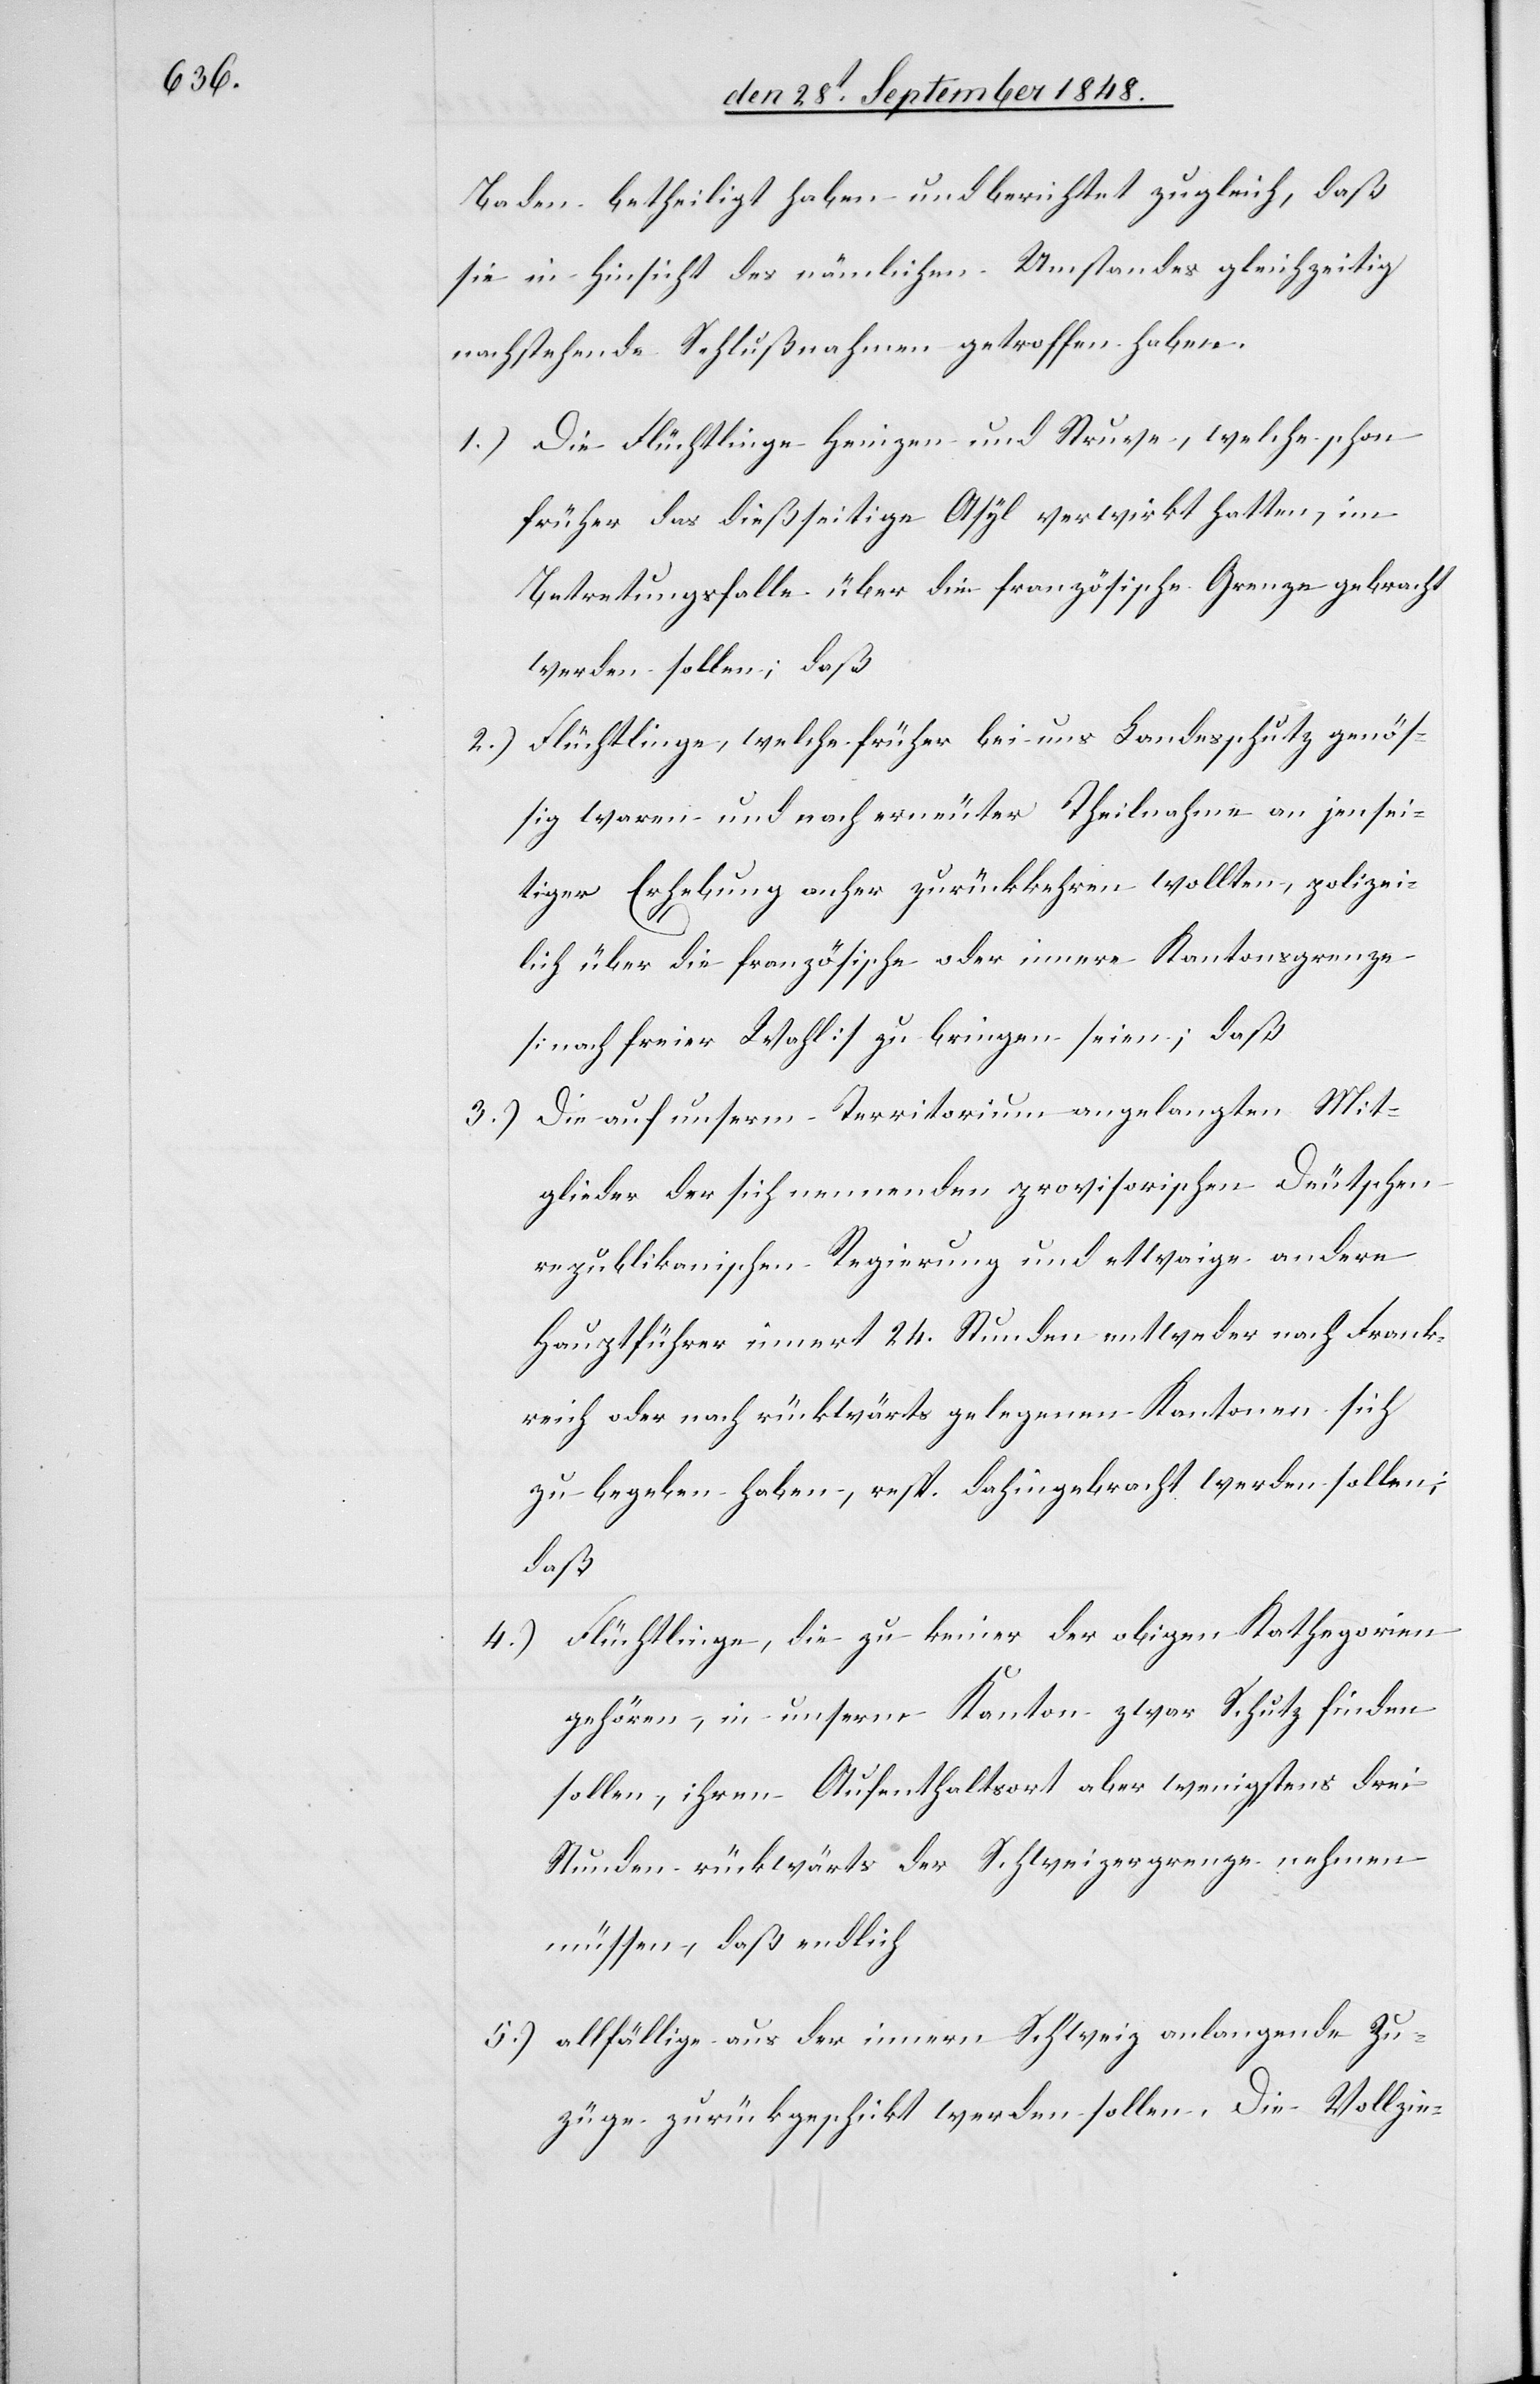
Baden betheiligt haben und berichtet zugleich, daß
sie in Hinsicht des nämlichen Umstandes gleichzeitig
nachstehende Schlußnahmen getroffen haben.
1.) Die Flüchtlinge Heinzen und Struese, welche schon
früher das dießseitige Asyl verwirkt hatten, im
Betretungsfalle über die französische Grenze gebracht
werden sollen, daß
2.) Flüchtlinge, welche früher bei uns Landesschutz genös¬
sig waren und nach erneuter Theilnahme an jensei¬
tiger Erhebung anher zurückkehren wollten, polizei¬
lich über die französische oder innere Kantonsgrenze
[nach freier Wahl] zu bringen seien, daß
3.) Die auf unserm Territorium angelangten Mit¬
glieder der sich nennenden provisorischen Deutschen
republikanischen Regierung und etwaige andere
Hauptführer innert 24. Stunden entweder nach Frank¬
reich oder nach rückwärts gelegenen Kantonen sich
zu begeben haben, resp. dahingebracht werden sollen;
daß
4.) Flüchtlinge, die zu keiner der obigen Kathegorien
gehören, in unserm Kanton zwar Schutz finden
sollen, ihren Aufenthaltsort aber wenigstens drei
Stunden rückwärts der Schweizergrenze nehmen
müssen, daß endlich
5.) allfällige aus der innern Schweiz anlangende Zu¬
züge zurückgeschickt werden sollen. Die Vollzie-